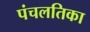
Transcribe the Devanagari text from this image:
पंचलतिका